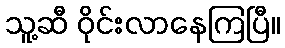
သူ့ဆီ ဝိုင်းလာနေကြပြီ။